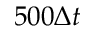
5 0 0 \Delta t